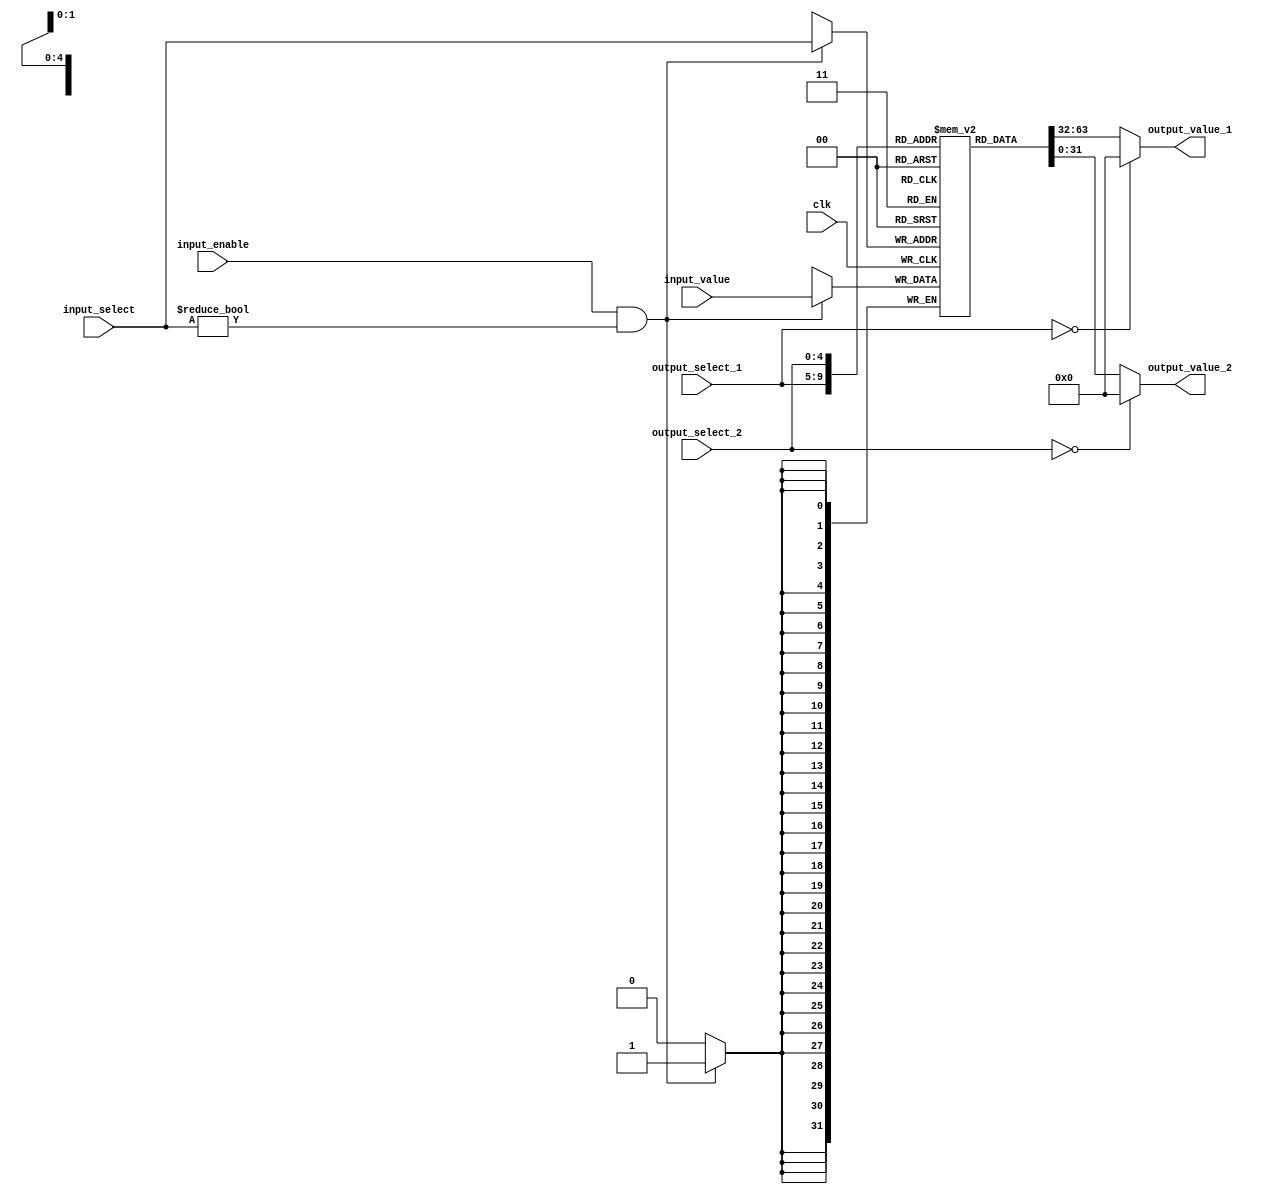
module RegisterFile(
  input  wire clk,

  input  wire [4:0]  output_select_1,
  output wire [31:0] output_value_1,

  input  wire [4:0]  output_select_2,
  output wire [31:0] output_value_2,

  input  wire input_enable,
  input  wire [4:0] input_select,
  input  wire [31:0] input_value
);
  // x0 is zero forever
  reg [31:0]registers[31:1];
  assign output_value_1 = output_select_1 == 0 ? 'b0000 : registers[output_select_1];
  assign output_value_2 = output_select_2 == 0 ? 'b0000 : registers[output_select_2];
  always @(negedge clk) begin
    if (input_enable && input_select != 0) begin
      registers[input_select] <= input_value;
    end
  end
endmodule